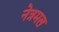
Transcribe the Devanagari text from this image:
नेत्रमल